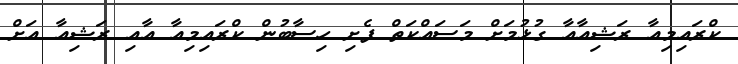
ކްރައިމިއާ ރަޝިއާއާ ގުޅުމަށް މަސައްކަތް ފެށި ހިސާބުން ކްރައިމިއާ އާއި ރަޝިއާ އަށް